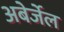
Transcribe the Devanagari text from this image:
अबेर्जेल